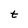
Character: t